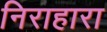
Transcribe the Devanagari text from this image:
निराहारा